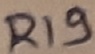
Text: R19